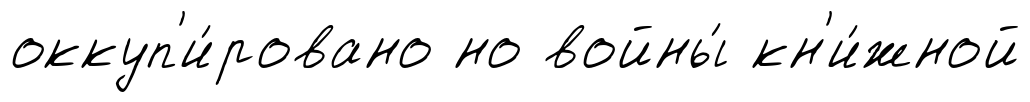
оккуп'и́ровано но войны́ кн'и́жной